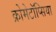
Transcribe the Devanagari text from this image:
क्रोमेटॉप्सिया